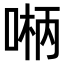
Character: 𫪲